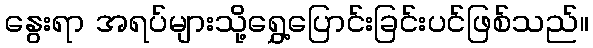
နွေးရာ အရပ်များသို့ရွှေ့ပြောင်းခြင်းပင်ဖြစ်သည်။